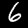
Label: 6